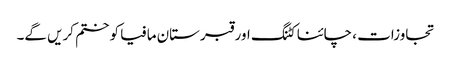
تجاوزات ، چائنا کٹنگ اور قبرستان مافیا کو ختم کریں گے۔